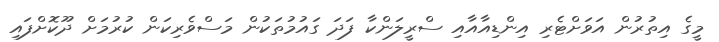
މީގެ އިތުރުން އަވަށްޓެރި އިންޑިއާއާއި ސްރީލަންކާ ފަދަ ގައުމުތަކުން މަސްވެރިކަން ކުރުމަށް ދޫކޮށްފައި